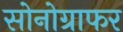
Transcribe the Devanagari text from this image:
सोनोग्राफर